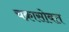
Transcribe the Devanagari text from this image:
चक्रासोबत